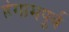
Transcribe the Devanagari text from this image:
हंगामपूर्व